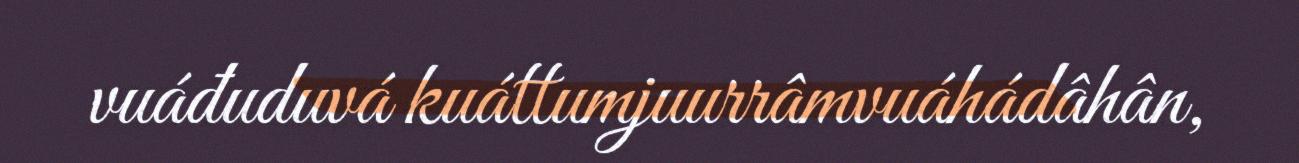
vuáđuduvá kuáttumjuurrâmvuáhádâhân,